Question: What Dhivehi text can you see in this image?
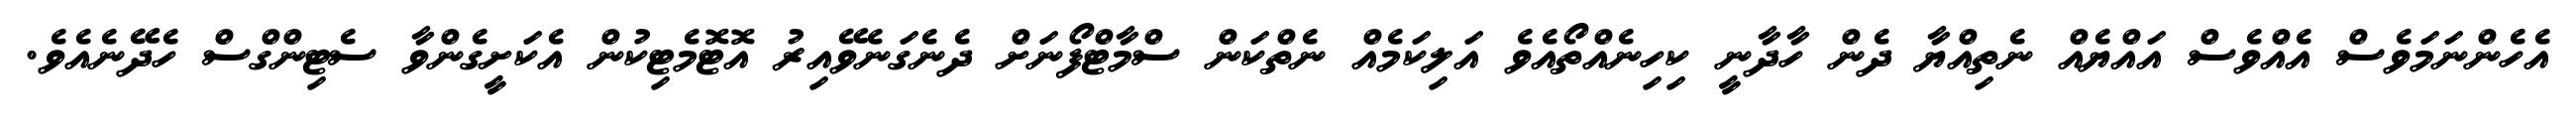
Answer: އެހެންނަމަވެސް އެއްވެސް އައްޔެއް ނެތިއްޔާ ދެން ހާދާނީ ކިހިނެއްތޯއެވެ އަލިކަމެއް ނެތްކަން ސްމާޓްފޯނަށް ދެނެގަނެވޭއިރު އޮޓޮމެޓިކުން އެކަށީގެންވާ ސެޓިންގްސް ހެދޭނެއެވެ.